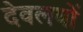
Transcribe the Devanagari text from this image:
देवलयों